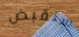
سنقبض